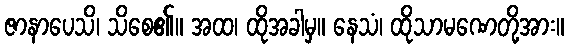
ဇာနာပေသိ၊ သိစေ၏။ အထ၊ ထိုအခါမှ။ နေသံ၊ ထိုသာမဏေတို့အား။